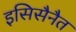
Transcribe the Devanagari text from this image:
इसिसैनैत